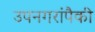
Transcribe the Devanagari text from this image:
उपनगरांपैकी